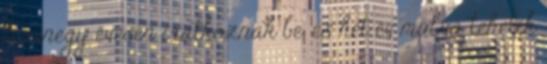
tizenegy évesen iratkoznak be, és hét év múlva tehetik